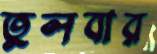
তুলবার